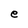
Character: e